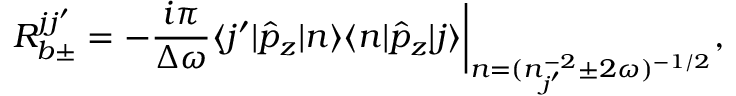
R _ { b \pm } ^ { j j ^ { \prime } } = - \frac { i \pi } { \Delta \omega } \langle j ^ { \prime } | \hat { p } _ { z } | n \rangle \langle n | \hat { p } _ { z } | j \rangle \bigg | _ { n = ( n _ { j ^ { \prime } } ^ { - 2 } \pm 2 \omega ) ^ { - 1 / 2 } } ,